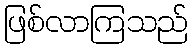
ဖြစ်လာကြသည်